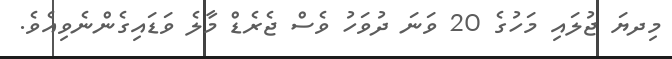
މިދޔަ ޖުލައި މަހުގެ 20 ވަނަ ދުވަހު ވެސް ޖެރެޑް މާލެ ވަޑައިގެންނެވިއެވެ.